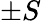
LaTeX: \pm S